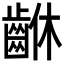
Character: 𪘆